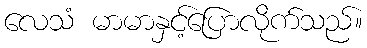
လေသံ မာမာနှင့်ပြောလိုက်သည်။